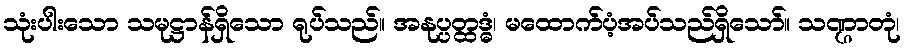
သုံးပါးသော သမုဋ္ဌာန်ရှိသော ရုပ်သည်။ အနုပ္ပတ္ထဒ္ဓံ၊ မထောက်ပံ့အပ်သည်ရှိသော်။ သဏ္ဌာတုံ၊